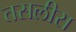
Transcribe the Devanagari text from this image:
तसलीस